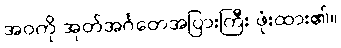
အဝကို အုတ်အင်္ဂတေအပြားကြီး ဖုံးထား၏။